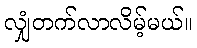
လျှံတက်လာလိမ့်မယ်။